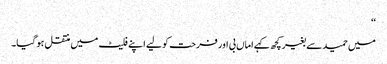
‘‘
میں حمید سے بغیر کچھ کہے اماں بی اور فرحت کو لیے اپنے فلیٹ میں منتقل ہو گیا۔